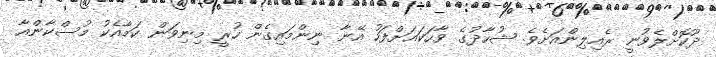
ދޫކޮށްލެވުނީ ރެއިލިންއަށެވެ. ޝުހާދުގެ ވާހަކައަށްފަހު އޭނާ ނިންމައިގެން ހުރީ މިނިވަން ކަމާއެކު މުސްކާންއާ